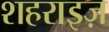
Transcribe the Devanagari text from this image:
शहराइज़